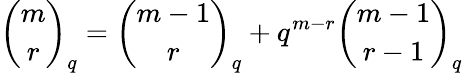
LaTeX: {\binom{m}{r}}_{q}={\binom{m-1}{r}}_{q}+q^{m-r}{\binom{m-1}{r-1}}_{q}